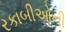
રકાબીઓની